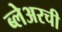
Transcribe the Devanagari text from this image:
ब्लेअरची